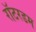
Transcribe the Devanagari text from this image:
रॉटरडम